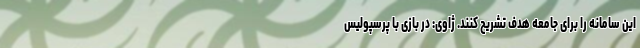
این سامانه را برای جامعه هدف تشریح کنند. ژاوی: در بازی با پرسپولیس